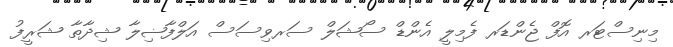
މިނިސްޓަރ އޮފް ޖެންޑަރ ފެމިލީ އެންޑް ސޯޝަލް ސަރވިސަސް އަލްފާޟިލާ ޝިދާތާ ޝަރީފު